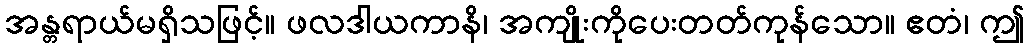
အန္တရာယ်မရှိသဖြင့်။ ဖလဒါယကာနိ၊ အကျိုးကိုပေးတတ်ကုန်သော။ ဧတံ၊ ဤ